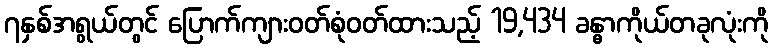
၇နှစ်အရွယ်တွင် ပြောက်ကျားဝတ်စုံဝတ်ထားသည့် 19,434 ခန္ဓာကိုယ်တခုလုံးကို